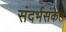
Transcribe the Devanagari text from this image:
संदर्भसंकेत